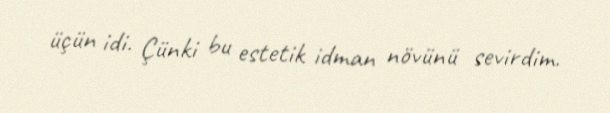
üçün idi. Çünki bu estetik idman növünü sevirdim.